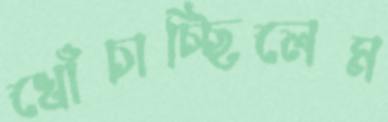
খোঁচাচ্ছিলেম